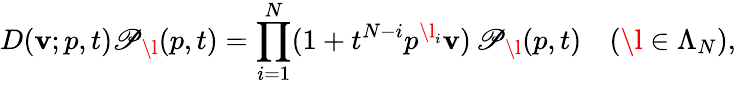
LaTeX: D(\mathbf{v};p,t)\mathscr{P}_{\l}(p,t)=\prod_{i=1}^{N}(1+t^{N-i}p^{\l_{i}}\mathbf{v})\, \mathscr{P}_{\l}(p,t)\quad(\l\in\Lambda_{N}),